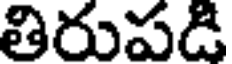
తిరుపడి